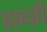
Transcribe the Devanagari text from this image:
हान्ज़ी